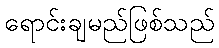
ရောင်းချမည်ဖြစ်သည်